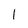
Character: 1